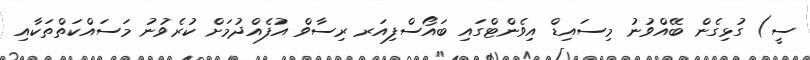
ސީ) ގުޅިގެން ބޭއްވުނު މިސައިޑް އިވެންޓްގައި ބައޯސްފިއަރ ރިސާވް އުފެއްދުމަށް ކުރެވުނު މަސައްކަތްތަކާއި